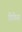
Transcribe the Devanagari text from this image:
प्रिफ़ेस